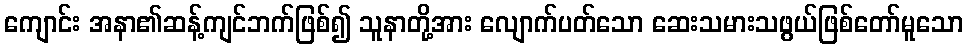
ကျောင်း အနာ၏ဆန့်ကျင်ဘက်ဖြစ်၍ သူနာတို့အား လျောက်ပတ်သော ဆေးသမားသဖွယ်ဖြစ်တော်မူသော